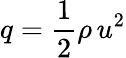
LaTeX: q={\frac{1}{2}}\rho\, u^{2}